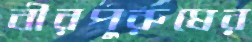
বীরপুরুষের